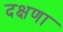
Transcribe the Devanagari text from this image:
दक्षणा